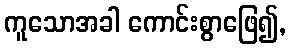
ကူသောအခါ ကောင်းစွာဖြေ၍,